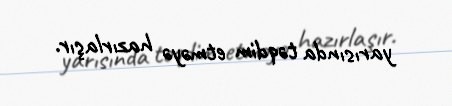
yarısında təqdim etməyə hazırlaşır.